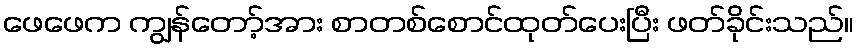
ဖေဖေက ကျွန်တော့်အား စာတစ်စောင်ထုတ်ပေးပြီး ဖတ်ခိုင်းသည်။